Code of medical and sanitary regulations for the guidance of medical officers serving in the Madras Presidency - Volume II
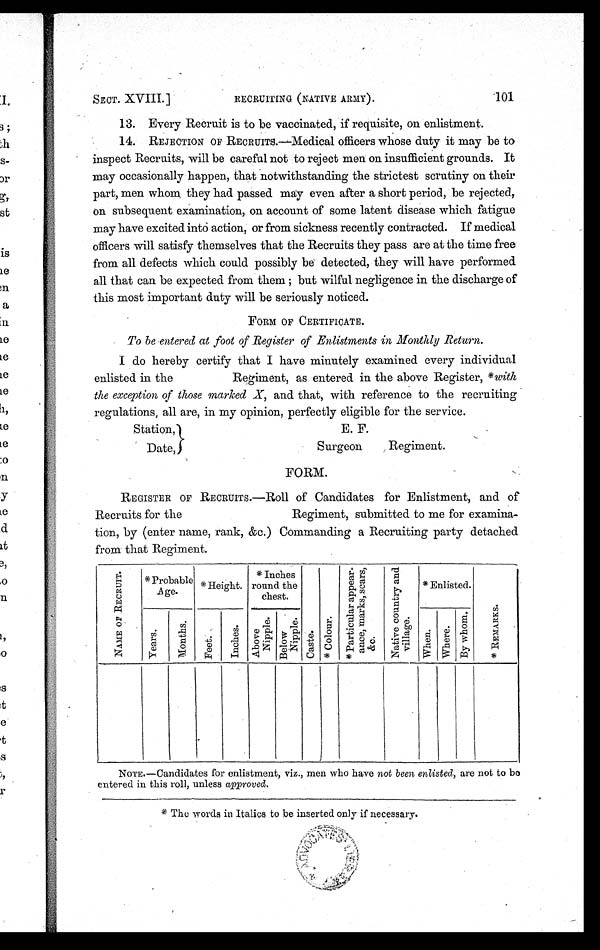
SECT. XVIII.]
RECRUITING (NATIVE ARMY).
101
13. Every Recruit is to be vaccinated, if requisite, on enlistment.
14. REJECTION OF RECRUITS.—Medical officers whose duty it may be to
inspect Recruits, will be careful not to reject men on insufficient grounds. It
may occasionally happen, that notwithstanding the strictest scrutiny on their
part, men whom they had passed may even after a short period, be rejected,
on subsequent examination, on account of some latent disease which fatigue
may have excited into action, or from sickness recently contracted. If medical
officers will satisfy themselves that the Recruits they pass are at the time free
from all defects which could possibly be detected, they will have performed
all that can be expected from them; but wilful negligence in the discharge of
this most important duty will be seriously noticed.
FORM OF CERTIFICATE.
To be entered at foot of Register of Enlistments in Monthly Return.
I do hereby certify that I have minutely examined every individual
enlisted in the Regiment, as entered in the above Register, * with
the exception of those marked X, and that, with reference to the recruiting
regulations, all are, in my opinion, perfectly eligible for the service.
Station,
Date,
E. F.
Surgeon Regiment.
FORM.
REGISTER OF RECRUITS.—Roll of Candidates for Enlistment, and of
Recruits for the Regiment, submitted to me for examina-
tion, by (enter name, rank, &c.) Commanding a Recruiting party detached
from that Regiment.
N A M E O F R E C R U I T .
*Probable
Age.
*Height.
* Inches
round the
chest.
C a s t e . * C o l o u r . *Pa r t i c l ua r a ppe a r -
a n c e , m a r k e s , s c a r s , & c .
N a t i v e c o u n t r y a n d v i l l a g e .
Enlisted.
R E M A R K S . *
Y e a r s .
M o n t h s .
F e e t .
I n c h e s .
A b o v e N i p p l e .
B e l o w N i p p l e s .
Wh e n .
W h e r e . B y w h o m .
.
NOTE.—Candidates for enlistment, viz., men who have not been enlisted, are not to be
entered in this roll, unless approved.
* The words in Italics to be inserted only if necessary.